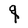
Character: q